Annual administration report of the Civil Veterinary Department of India - 1893-1894
Year: 1893
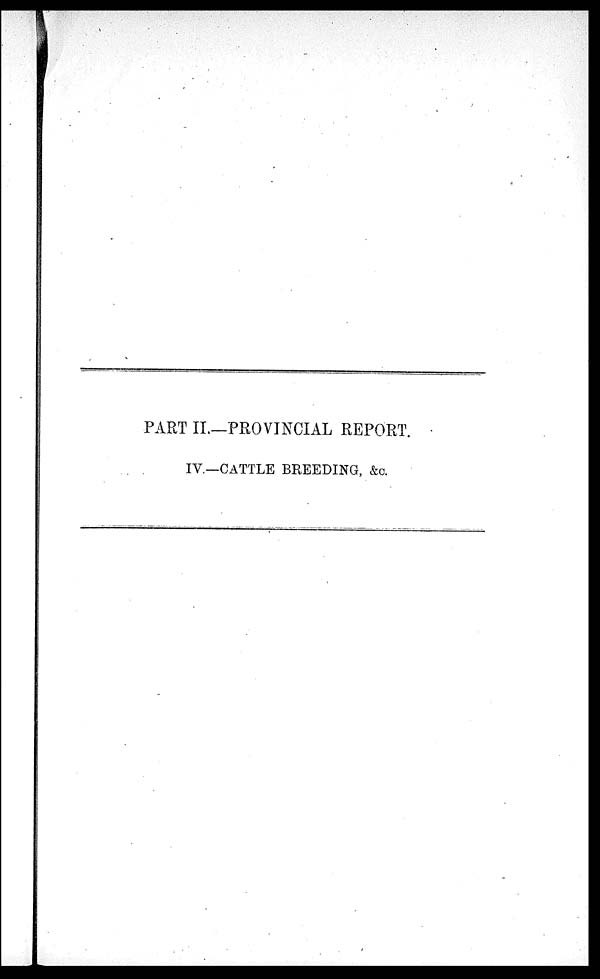
PART II.—PROVINCIAL REPORT.
IV.—CATTLE BREEDING, &c.